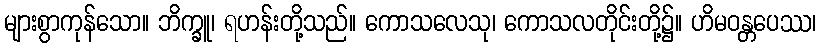
များစွာကုန်သော။ ဘိက္ခူ၊ ရဟန်းတို့သည်။ ကောသလေသု၊ ကောသလတိုင်းတို့၌။ ဟိမဝန္တပေဿ၊